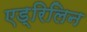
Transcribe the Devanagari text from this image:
एड्रिलिन